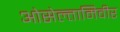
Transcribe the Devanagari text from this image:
ओसेल्तामिवीर